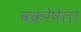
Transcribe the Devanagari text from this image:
वक्ररेषेला